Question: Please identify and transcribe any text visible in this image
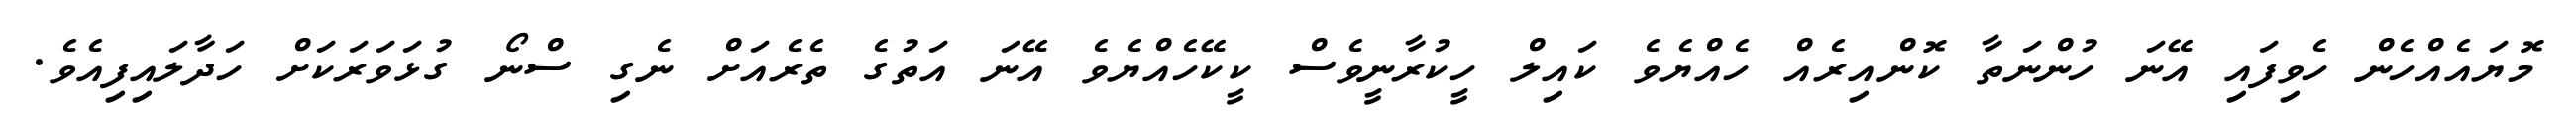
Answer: މޮޔައެއްހެން ހެވިފައި އޭނަ ހުންނަތާ ކޮންއިރެއް ހެއްޔެވެ ކައިލް ހީކުރާނީވެސް ކީކޭހެއްޔެވެ އޭނަ އަތުގެ ތެރެއަށް ނެގި ސްނޯ ގުޅަވަރަކަށް ހަދާލައިފިއެވެ.